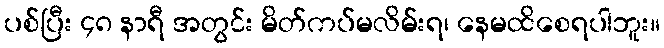
ပစ်ပြီး ၄၈ နာရီ အတွင်း မိတ်ကပ်မလိမ်းရ၊ နေမထိစေရပါဘူး။